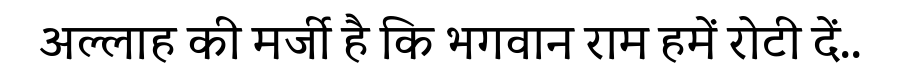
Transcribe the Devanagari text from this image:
अल्लाह की मर्जी है कि भगवान राम हमें रोटी दें..